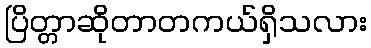
ပြိတ္တာဆိုတာတကယ်ရှိသလား